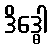
ဒိဒ္ဓေါ